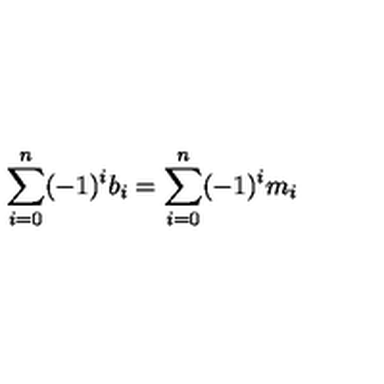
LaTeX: \sum _ { i = 0 } ^ { n } ( - 1 ) ^ { i } b _ { i } = \sum _ { i = 0 } ^ { n } ( - 1 ) ^ { i } m _ { i }